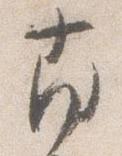
南